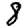
Digit: 8